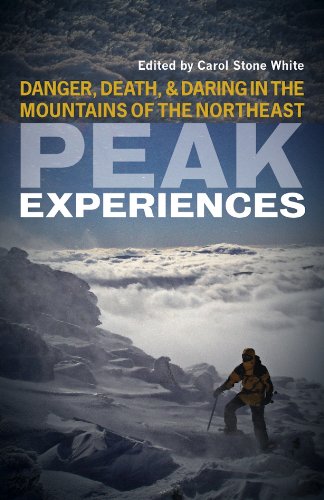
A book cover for Peak Experiences: Danger, Death, and Daring in the Mountains of the Northeast; Sports & Outdoors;